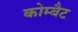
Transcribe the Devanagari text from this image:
कोम्बैट